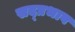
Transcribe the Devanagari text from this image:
सद्प्रभाव